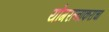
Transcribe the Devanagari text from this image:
योगरत्नाकराचा